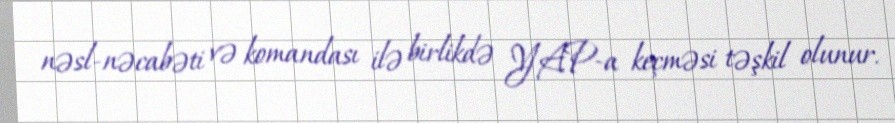
nəsl-nəcabəti və komandası ilə birlikdə YAP-a keçməsi təşkil olunur.